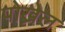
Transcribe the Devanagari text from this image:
पोख्रेल